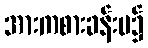
အားကစားခန်းမ၌